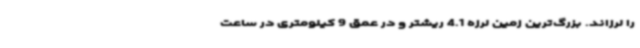
را لرزاند. بزرگ‌ترین زمین لرزه 4.1 ریشتر و در عمق 9 کیلومتری در ساعت